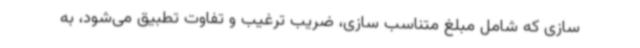
سازی که شامل مبلغ متناسب سازی، ضریب ترغیب و تفاوت تطبیق می‌شود، به